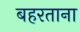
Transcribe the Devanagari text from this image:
बहरताना